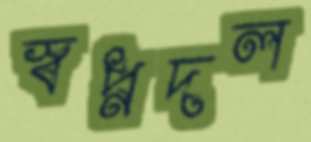
স্বপ্নদল